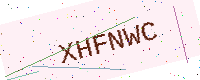
Text: XHFNWC